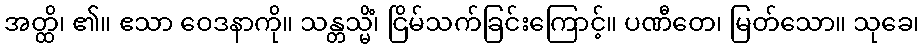
အတ္ထိ၊ ၏။ ဧသာ ဝေဒနာကို။ သန္တသ္မိံ၊ ငြိမ်သက်ခြင်းကြောင့်။ ပဏီတေ၊ မြတ်သော။ သုခေ၊